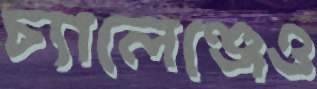
চ্যালেঞ্জেও